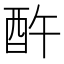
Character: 𲆨